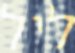
ליל